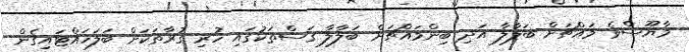
މާޔޫސްވެ މައްޗަށް ބަލާލާ އަދި ބިންމައްޗަށް ބަލާލާ ގަސްތަކުގައި ހުރި ގުރާތަކަށް ބަލަހައްޓައިގެން